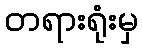
တရားရုံးမှ